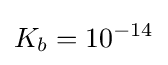
K_{b}=10^{-14}